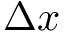
\Delta x